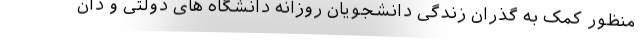
منظور کمک به گذران زندگی دانشجویان روزانه دانشگاه های دولتی و دان